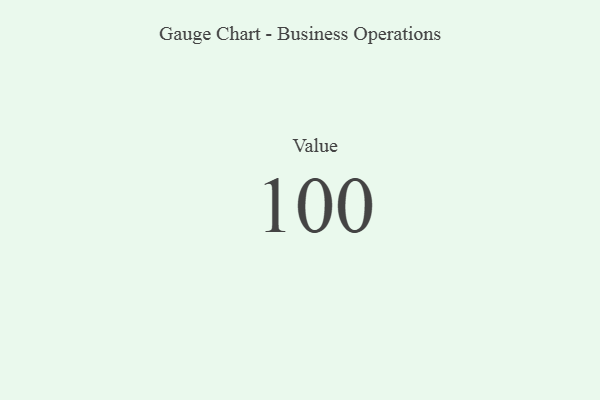
{"axis": {"x": "Metric", "y": "Value"}, "legend": [""], "data": [{"x": "Value", "y": 100, "type": ""}]}